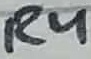
Text: R4